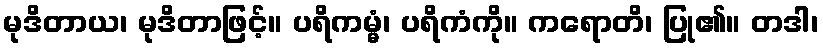
မုဒိတာယ၊ မုဒိတာဖြင့်။ ပရိကမ္မံ၊ ပရိကံကို။ ကရောတိ၊ ပြု၏။ တဒါ၊